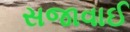
સજાવાઈ